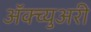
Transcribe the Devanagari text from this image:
अॅक्च्युअरी